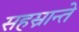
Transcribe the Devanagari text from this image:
सहस्रान्ते